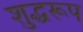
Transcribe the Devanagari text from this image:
शुद्धरूप